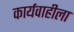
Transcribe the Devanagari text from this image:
कार्यवाहीला